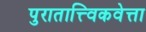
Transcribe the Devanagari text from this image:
पुरातात्त्विकवेत्ता